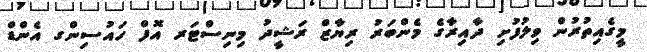
މީގެއިތުރުން ވިލުފުށި ދާއިރާގެ މެންބަރު ރިޔާޒް ރަޝީދު މިނިސްޓަރ އޮފް ހައުސިންގ އެންޑް